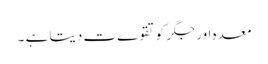
معدہ اور جگر کو تقوےت دیتا ہے ۔